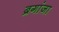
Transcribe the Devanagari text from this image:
ब्रगांजा